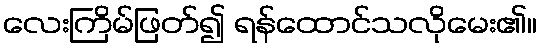
လေးကြိမ်ဖြတ်၍ ရန်ထောင်သလိုမေး၏။